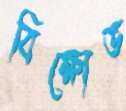
বিক্ষোভ